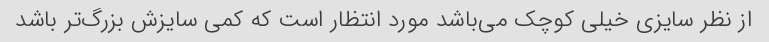
از نظر سایزی خیلی کوچک می‌باشد مورد انتظار است که کمی سایزش بزرگ‌تر باشد